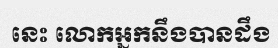
នេះ លោកអ្នកនឹងបានដឹង